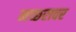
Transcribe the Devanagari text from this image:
मच्छरावर